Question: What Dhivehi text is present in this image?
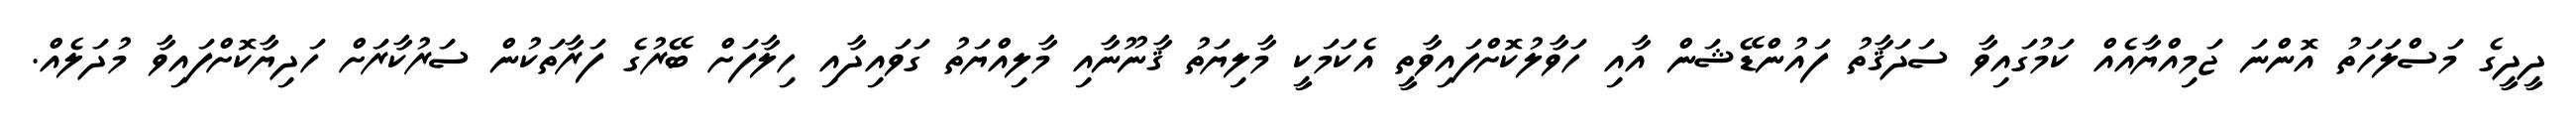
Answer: ދީދީގެ މަސްލަހަތު އޮންނަ ޖަމިއްޔާއެއް ކަމުގައިވާ ސަދަޤާތު ފައުންޑޭޝަން އާއި ހަވާލުކޮށްފައިވާތީ އެކަމަކީ މާލިޔަތު ޤާނޫނާއި މާލިއްޔަތު ގަވައިދާއި ހިލާފަށް ބޭރުގެ ފަރާތަކުން ސަރުކާރަށް ހަދިޔާކޮށްފައިވާ މުދަލެއް.